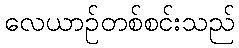
လေယာဉ်တစ်စင်းသည်